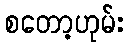
စတော့ဟုမ်း